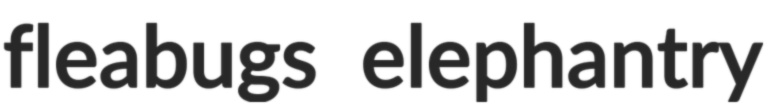
fleabugs elephantry